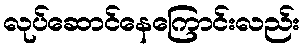
လုပ်ဆောင်နေကြောင်းလည်း